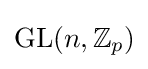
{\text{GL}}(n,\mathbb {Z} _{p})